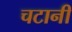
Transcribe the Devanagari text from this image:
चटानी